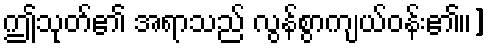
ဤသုတ်၏ အရာသည် လွန်စွာကျယ်ဝန်း၏၊၊]